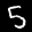
Label: 5